Civil Veterinary Department. Central Provinces & Berar 1925-31 - 1925-1931
Year: 1925
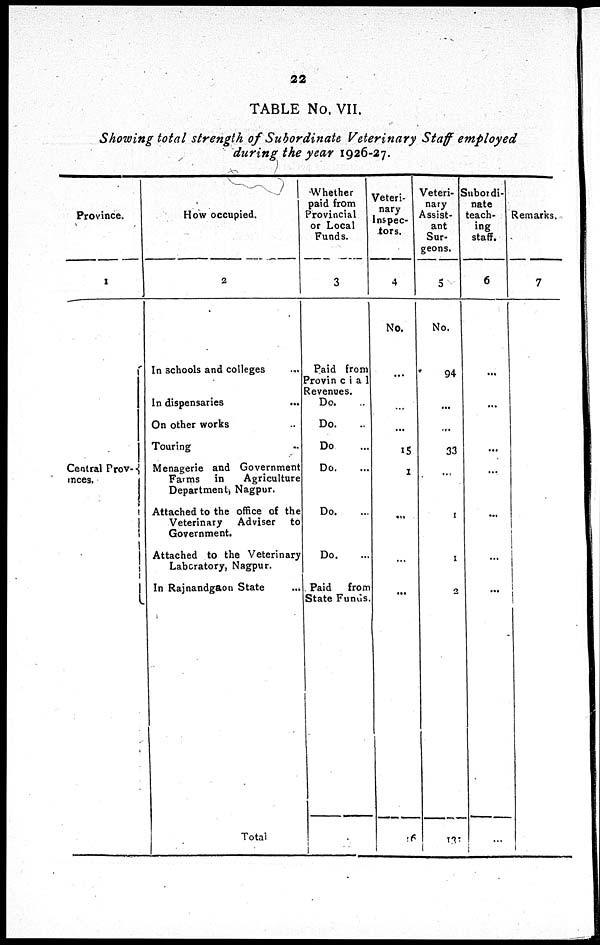
22
TABLE No. VII.
Showing total strength of Subordinate Veterinary Staff employed
during the year 1926-27.
Province.
1
Central Prov-
inces.
How occupied.
2
In schools and colleges ...
In dispensaries ...
On other works ...
Touring ...
Menagerie and Government
Farms in
Agriculture
Department, Nagpur.
Attached to the office of the
Veterinary
Adviser
to
Government.
Attached to the Veterinary
Laboratory, Nagpur.
In Rajnandgaon State ...
Total
Whether
paid from
Provincial
or Local
Funds.
3
Paid from
Provincial
Revenues.
Do. ...
Do. ...
Do ...
Do. ...
Do. ...
Do. ...
Paid
from
State Funds.
Veteri-
nary
inspec-
tors.
4
No.
...
...
...
15
2
...
...
...
16
Veteri-
nary
Assist-
ant
Sur-
geons.
5
No.
94
...
...
33
...
...
1
2
131
Subordi-
nate
teach-
ing
staff.
6
...
...
...
...
...
...
...
...
Remarks.
7